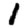
Digit: 1